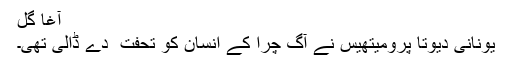
آغا گل
یونانی دیوتا پرومیتھیس نے آگ چُرا کے انسان کو تحفت ً دے ڈالی تھی۔